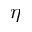
\eta